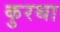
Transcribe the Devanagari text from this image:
कुरथा